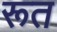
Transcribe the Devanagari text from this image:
रूत